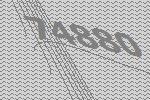
74880